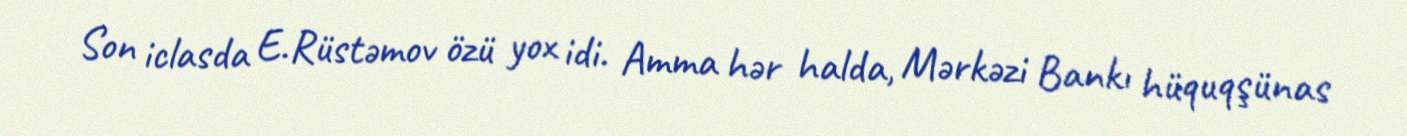
Son iclasda E.Rüstəmov özü yox idi. Amma hər halda, Mərkəzi Bankı hüquqşünas